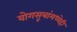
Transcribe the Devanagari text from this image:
योगसूत्रांमध्येही